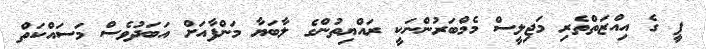
ޕީ ގެ އިއްޒަތްތެރި މަޖިލީސް މެމްބަރުންނަކީ ރައްޔިތުންގެ ލާބަޔާ މަންފާއަށް އަބަދުވެސް މަސައްކަތް